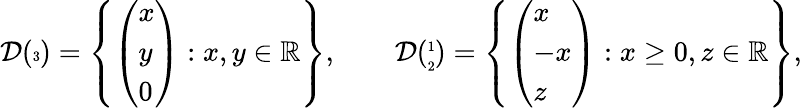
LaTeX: \mathcal{D}({\tiny\begin{array}{c}{3}\end{array}})=\left\{ \left(\begin{array}{l}{x}\\ {y}\\ {0}\end{array}\right):x,y\in\mathbb{R}\right\} ,\qquad\mathcal{D}({\tiny\begin{array}{cc}{1}\\ {2}\end{array}})=\left\{ \left(\begin{array}{l}{x}\\ {-x}\\ {z}\end{array}\right):x\geq 0,z\in\mathbb{R}\right\} ,